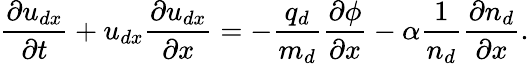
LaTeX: \frac{\partial{u}_{dx}}{\partial t}+{u}_{dx}\frac{\partial{u}_{dx}}{\partial x}=-\frac{q_{d}}{m_{d}}\frac{\partial\phi}{\partial x}-\alpha\frac{1}{n_{d}}\frac{\partial n_{d}}{\partial x}.